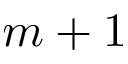
m + 1